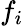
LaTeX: f_{i}